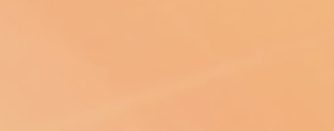
BEST PRICES